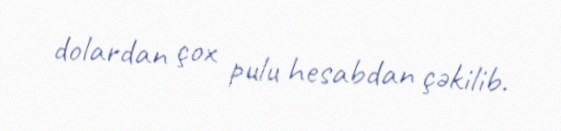
dolardan çox pulu hesabdan çəkilib.